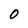
Character: 0